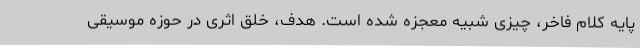
پایه کلام فاخر، چیزی شبیه معجزه شده است. هدف، خلق اثری در حوزه موسیقی